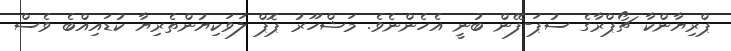
ޕްރިޔާންކާ ޗޯޕްރާގެ ސުޕަ-ފޭން ބުނީ އެހެންނެވެ. މަޝްހޫރު ޕޮޕް ލަވަކިޔުންތެރިޔާ ކުޑައިއްބެ ވެސް